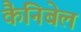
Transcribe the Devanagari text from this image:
कैनिबेल